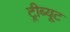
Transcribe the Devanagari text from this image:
ट्रीब्यूट